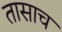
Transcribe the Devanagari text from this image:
तासाच